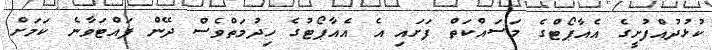
ކުޅުދުއްފުށީގެ އެއާޕޯޓްގެ މަސައްކަތް ފަށައި އެ އެއާޕޯޓުގެ ހިދުމަތްވެސް ދޭން ފައްޓަވާނެ ކަމަށް